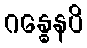
ဂန္ဓေနပိ